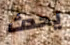
يحدث